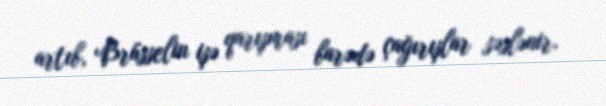
artıb, Brüsselin işə qarışması barədə çağırışlar səslənir.